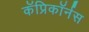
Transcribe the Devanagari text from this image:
कॅप्रिकॉर्नस